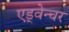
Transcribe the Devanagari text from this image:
एड्वेन्चर